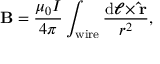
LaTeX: \mathbf { B } = { \frac { \mu _ { 0 } I } { 4 \pi } } \int _ { \mathrm { w i r e } } { \frac { \mathrm { d } { \boldsymbol { \ell } } \times \mathbf { \hat { r } } } { r ^ { 2 } } } ,